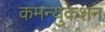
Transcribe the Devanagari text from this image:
कमन्युकेशन